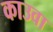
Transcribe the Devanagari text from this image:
काउवा